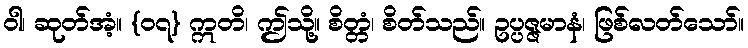
ဝါ၊ ဆုတ်အံ့။ {၀၇} ဣတိ၊ ဤသို့။ စိတ္တံ၊ စိတ်သည်။ ဥပ္ပဇ္ဇမာနံ၊ ဖြစ်လတ်သော်။